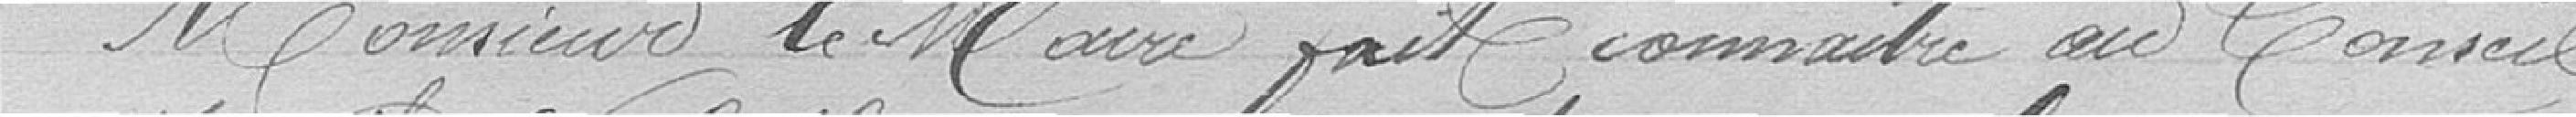
Monsieur le Maire fait connaitre au Conseil